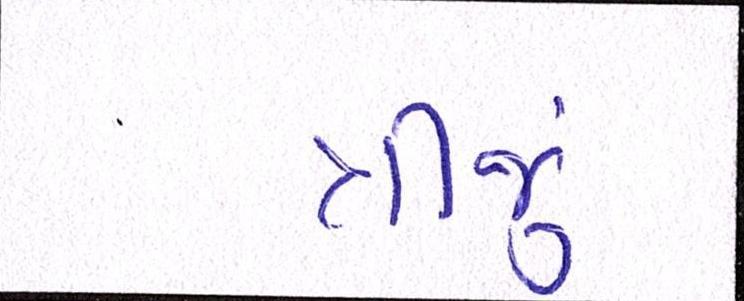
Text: ત્રીજું